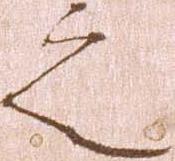
之